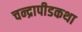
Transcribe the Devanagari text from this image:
चन्द्रापीडकथा